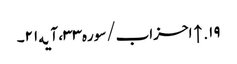
۱۹. ↑ احزاب/سوره۳۳، آیه۲۱۔